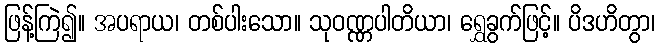
ဖြန့်ကြဲ၍။ အပရာယ၊ တစ်ပါးသော။ သုဝဏ္ဏပါတိယာ၊ ရွှေခွက်ဖြင့်။ ပိဒဟိတွာ၊